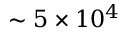
\sim 5 \times 1 0 ^ { 4 }